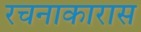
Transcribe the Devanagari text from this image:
रचनाकारास